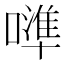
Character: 𠿶